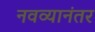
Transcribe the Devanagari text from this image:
नवव्यानंतर